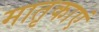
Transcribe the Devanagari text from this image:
मातृकाएं